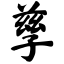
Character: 孳